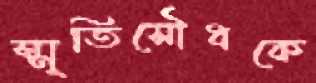
স্মৃতিসৌধকে